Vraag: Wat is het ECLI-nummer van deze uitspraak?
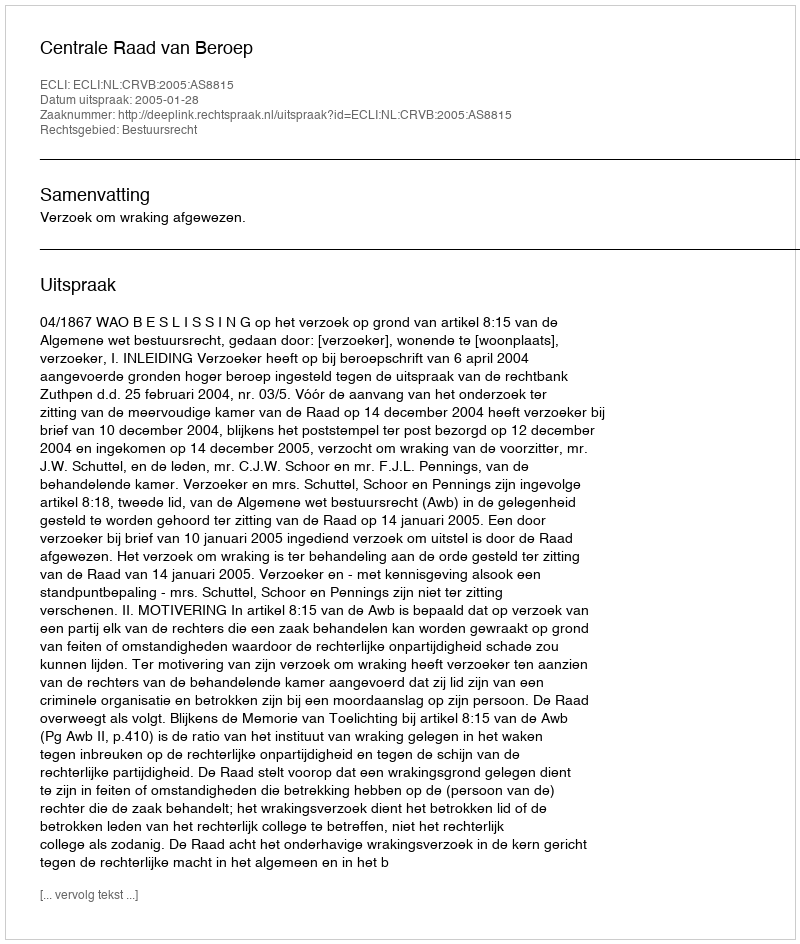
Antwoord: ECLI:NL:CRVB:2005:AS8815